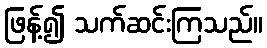
ဖြန့်၍ သက်ဆင်းကြသည်။